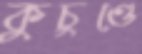
কুচুণ্ডে